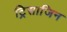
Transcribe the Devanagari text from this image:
ट्रिसाजिन